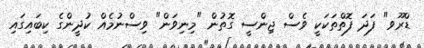
ޑްރޫވ" ފަދަ ފޮތްތަކަކީ ވެސް ޖިންސީ ގޮތުން "މިނިވަން" ވިސްނުމެއް ކުދީންގެ ކިބައިގައި